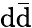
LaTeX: \mathrm{d}\bar{{\mathrm{d}}}